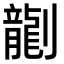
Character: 𫦞